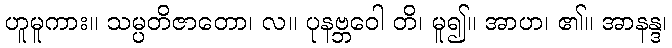
ဟူမူကား။ သမ္ပတိဇာတော၊ လ။ ပုနဗ္ဘဝေါ တိ၊ မူ၍။ အာဟ၊ ၏။ အာနန္ဒ၊